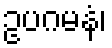
ဥပဂမနံ၊